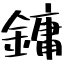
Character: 鏞